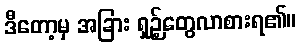
ဒီတော့မှ အခြား ရှဉ့်တွေလာစားရ၏။